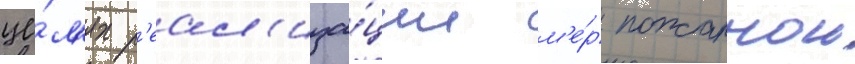
це́л'ях р'еал'иза́ции м'е́р пожарнои